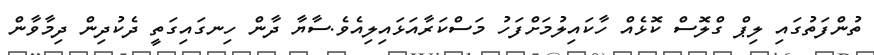
ތުންފަތުގައި ލިޕް ގްލޮސް ކޮޅެއް ހާކައިލުމަށްފަހު މަސްކަރާއަޅައިލިއެވެ.ސާޔާ ދާން ހިނގައިގަތީ ދެކުދިން ދިމާވާން